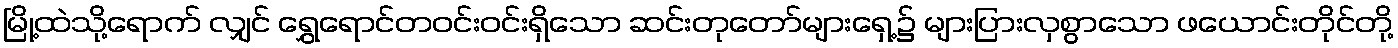
မြို့ထဲသို့ရောက် လျှင် ရွှေရောင်တဝင်းဝင်းရှိသော ဆင်းတုတော်များရှေ့၌ များပြားလှစွာသော ဖယောင်းတိုင်တို့